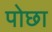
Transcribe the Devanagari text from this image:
पोछा